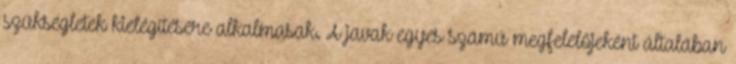
szükségletek kielégítésére alkalmasak. A javak egyes számú megfelelőjeként általában